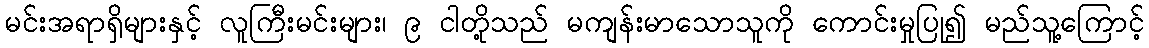
မင်းအရာရှိများနှင့် လူကြီးမင်းများ၊ ၉ ငါတို့သည် မကျန်းမာသောသူကို ကောင်းမှုပြု၍ မည်သူ့ကြောင့်